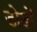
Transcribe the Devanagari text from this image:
डोड़ों